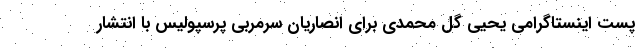
پست اینستاگرامی یحیی گل محمدی برای انصاریان سرمربی پرسپولیس با انتشار